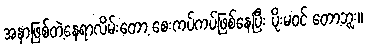
အနာဖြစ်တဲ့နေရာလိမ်းတော့ စေးကပ်ကပ်ဖြစ်နေပြီး ပိုးမဝင် တော့ဘူး။